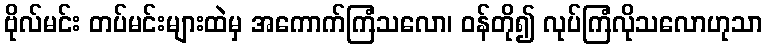
ဗိုလ်မင်း တပ်မင်းများထဲမှ အကောက်ကြံသလော၊ ဝန်တို၍ လုပ်ကြံလိုသလောဟုသာ